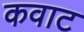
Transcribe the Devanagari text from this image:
कवाट